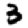
Digit: 3